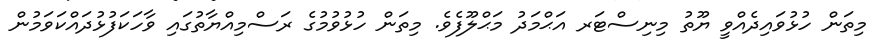
މިތަން ހުޅުވައިދެއްވީ ޔޫތު މިނިސްޓަރ އަޙްމަދު މަޙްލޫފެވެެ. މިތަން ހުޅުވުމުގެ ރަސްމިއްޔާތުގައި ވާހަކަފުޅުދައްކަވަމުން